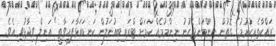
ރައްކާތެރިކުރުމުގެ ގޮތުން ނިންމަންޖެހުނު ނިންމުމެއް ކަމަށް ޓްރައިބިއުނަލުން ކަނޑައަޅާފައިވާތީ" އަނިލް ވިދާޅުވި އެވެ.